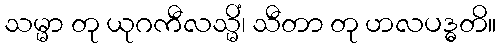
သမ္မာ တု ယုဂကီလသ္မိံ၊ သီတာ တု ဟလပဒ္ဓတိ။